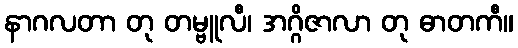
နာဂလတာ တု တမ္ဗူလီ၊ အဂ္ဂိဇာလာ တု ဓာတကီ။